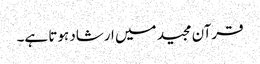
قرآن مجید میں ارشاد ہوتا ہے۔